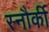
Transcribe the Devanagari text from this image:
स्नौर्की